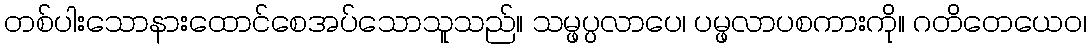
တစ်ပါးသောနားထောင်စေအပ်သောသူသည်။ သမ္ဖပ္ပလာပေ၊ ပမ္ဖလာပစကားကို။ ဂတိတေယေဝ၊